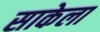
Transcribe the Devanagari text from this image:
साकेला